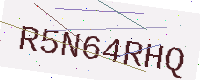
Text: R5N64RHQ